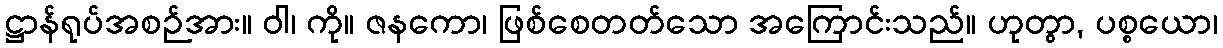
ဋ္ဌာန်ရုပ်အစဉ်အား။ ဝါ၊ ကို။ ဇနကော၊ ဖြစ်စေတတ်သော အကြောင်းသည်။ ဟုတွာ, ပစ္စယော၊